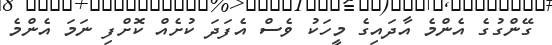
ގޭންގުގެ އެންމެ އާދައިގެ މީހަކު ވެސް އެފަދަ ކުށެއް ކޮށްފި ނަމަ އެންމެ